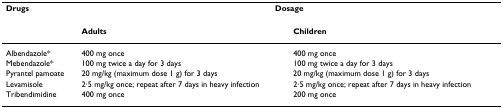
<table><thead><tr><td><b>Drugs</b></td><td colspan="2"><b>Dosage</b></td></tr><tr><td></td><td><b>Adults</b></td><td><b>Children</b></td></tr></thead><tbody><tr><td>Albendazole*</td><td>400 mg once</td><td>400 mg once</td></tr><tr><td>Mebendazole*</td><td>100 mg twice a day for 3 days</td><td>100 mg twice a day for 3 days</td></tr><tr><td>Pyrantel pamoate</td><td>20 mg/kg (maximum dose 1 g) for 3 days</td><td>20 mg/kg (maximum dose 1 g) for 3 days</td></tr><tr><td>Levamisole</td><td>2·5 mg/kg once; repeat after 7 days in heavy infection</td><td>2·5 mg/kg once; repeat after 7 days in heavy infection</td></tr><tr><td>Tribendimidine</td><td>400 mg once</td><td>200 mg once</td></tr></tbody></table>